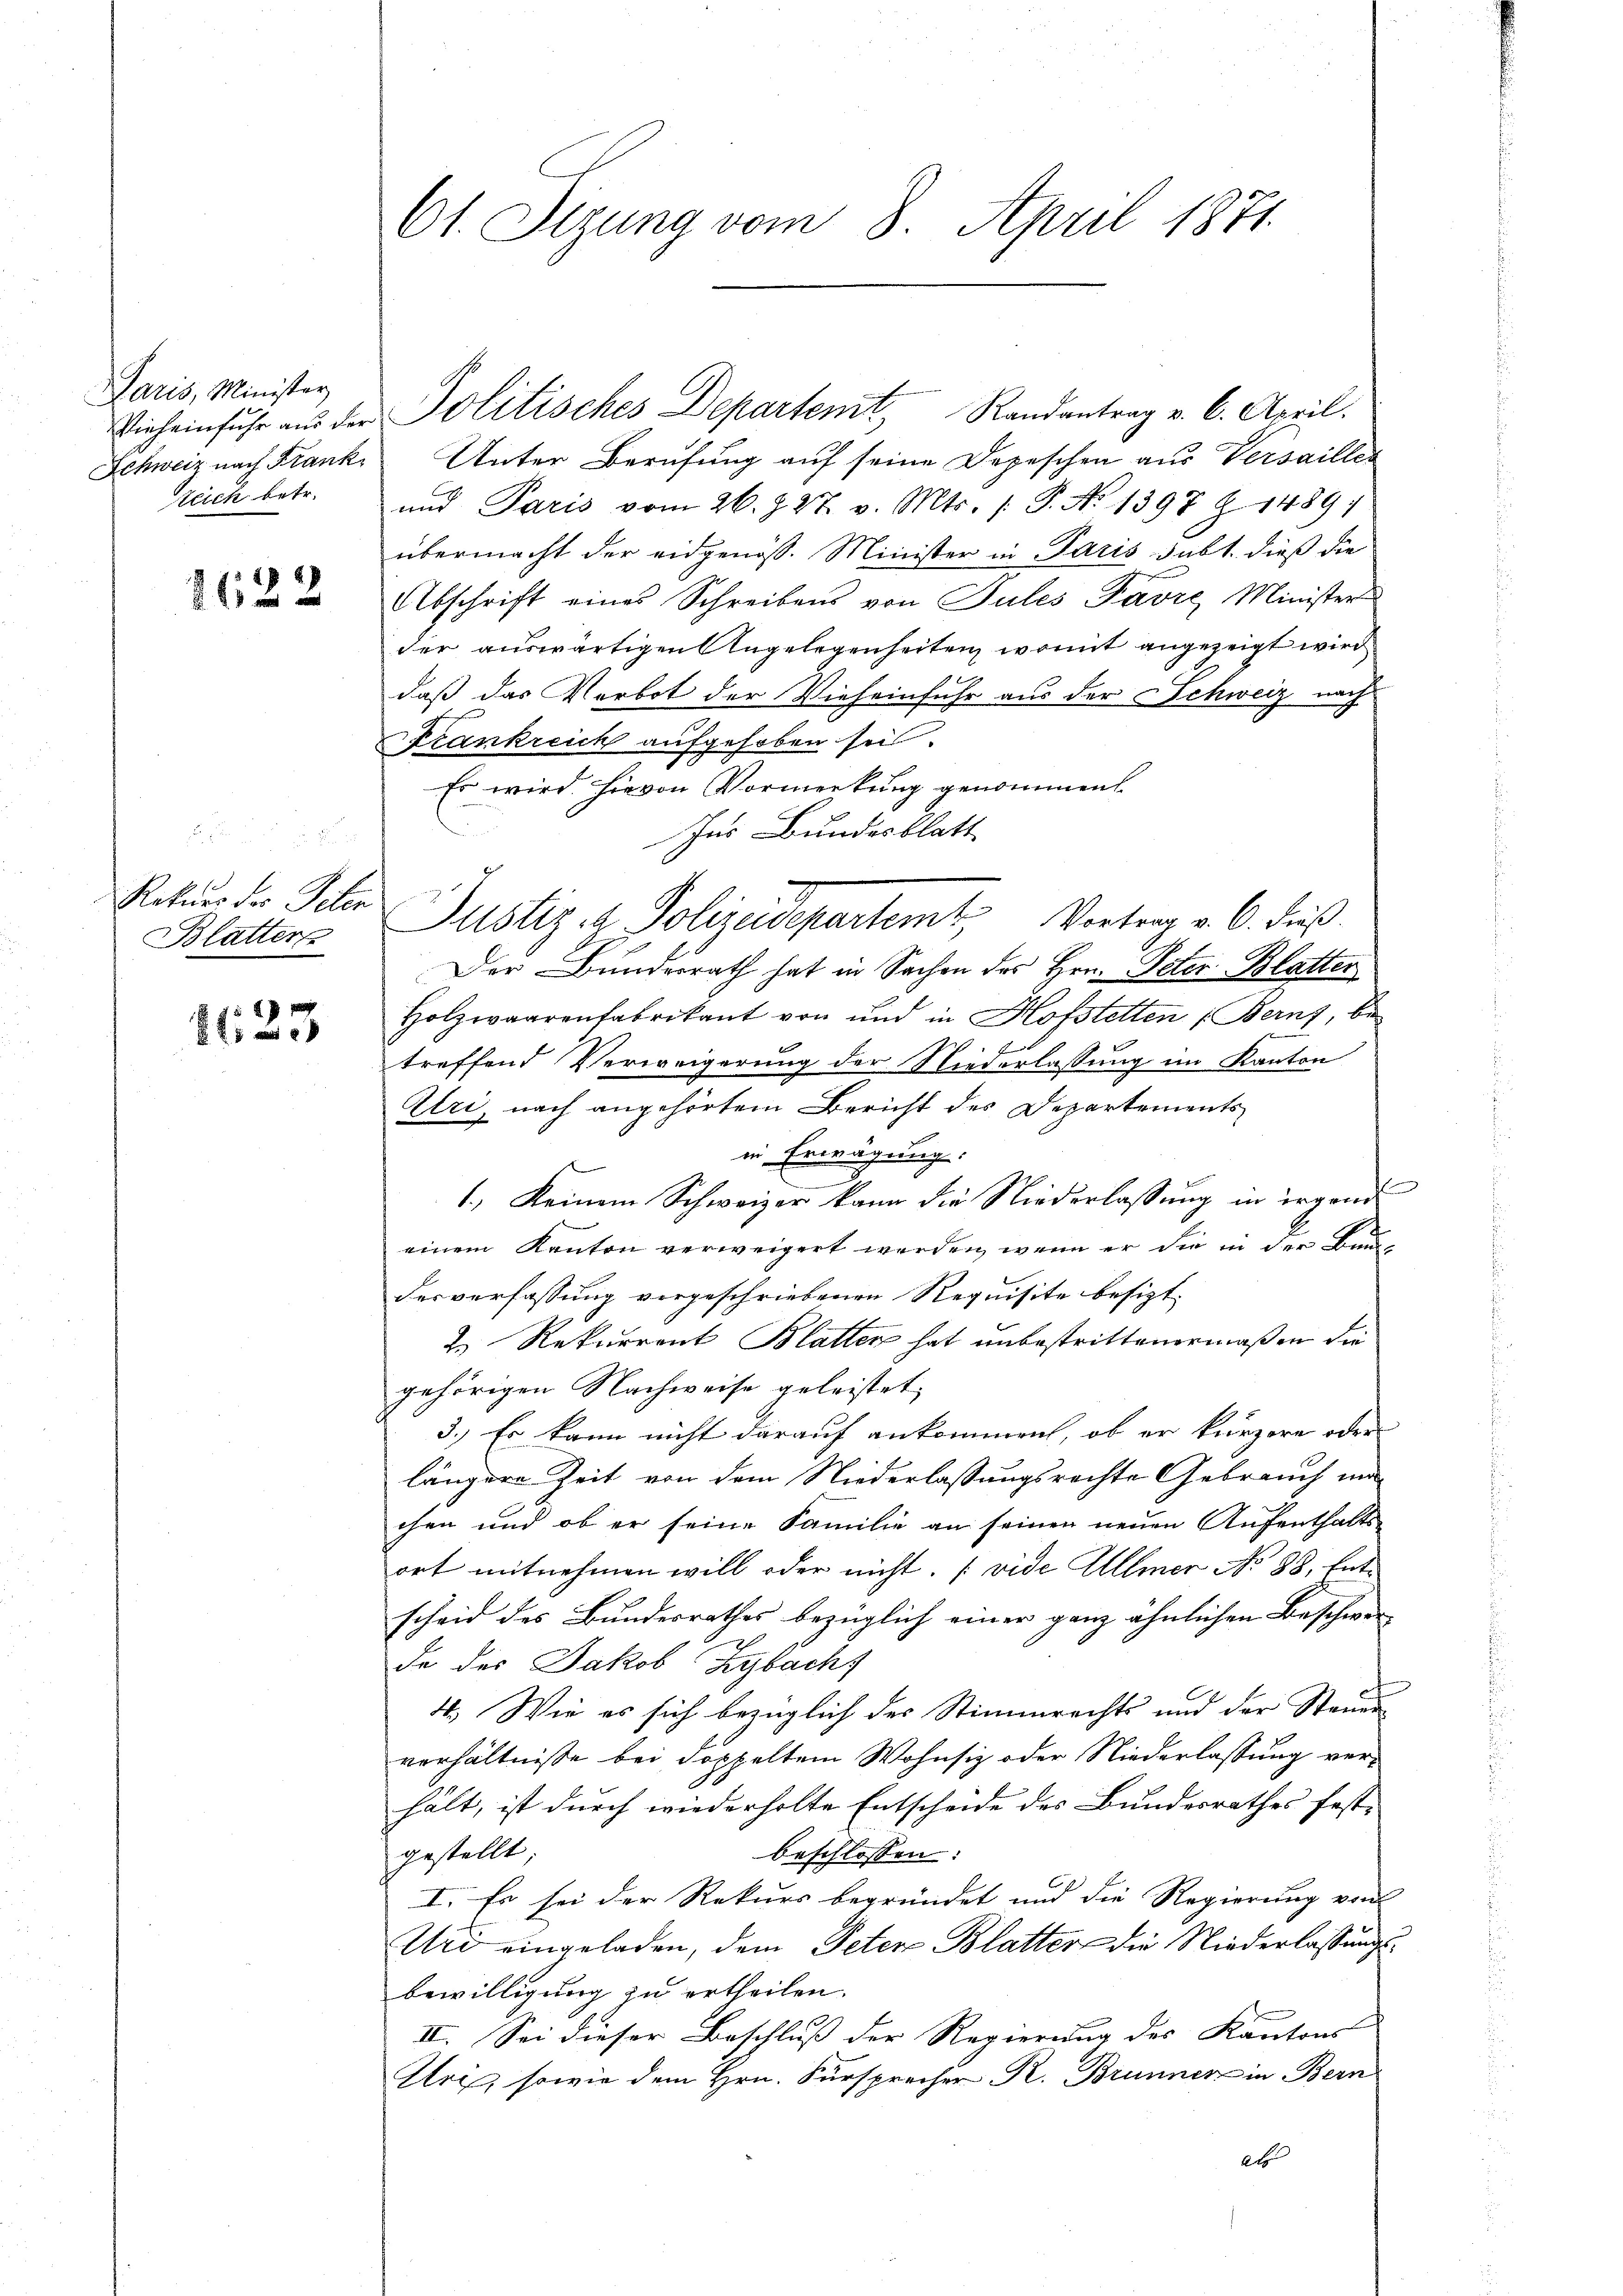
Paris, Minister
Schweiz nach Frank
teich betr.

1622

Rekurs des Peter
Blatter

8123

61. Sizung vom 8. April 1871.

Unter Berufung auf seine Depeschen aus Versailler
und Paris vom 26. d. 27. v. Mts. (T. No 1397 Z. 1489;
übermacht der eidgenöß. Minister in Paris subt. dieß die
Abschrift eines Schreibens von Tules Favre, Minister
der auswärtigen Angelegenheiten, womit angezeigt wird
daß das Verbot der Vieheinfuhr aus der Schweiz nach
Frankreich aufgehoben sei.
Es wird hievon Vormerkung genommen.
Ins Bundesblatt
Der Bundesrath hat in Sachen des Hrn. Peter-Blatter
Holzwaarenfabrikant von und in Hofstetten (Berns, be
treffend Verweigerung der Niederlassung im Kanton
Alri, nach angehörtem Bericht des Departements
in Erwägung:
.
1., keinem Schweizer kann die Niederlassung in irgend
einem Kanton verweigert werden, wenn er die in der Baudesverfassung vorgeschriebenen Requisite besizt
2. Rekurrent Blatten hat unbestrittenermaßen die
gehörigen Nachweise geleistet,
3.) Es kann nicht darauf ankommen, ob er kürzere oder
längere Zeit von dem Niederlassungsrechte Gebrauch mi
chen und ob er seine Familie an seinen neuen Aufenthalts-
ort mitnehmen will oder nicht. (vide Allmer No 88. Entscheid des Bundesrathes bezüglich einer ganz ähnlichen Beschwer
de des Jakob Zybacht
4. Wie es sich bezüglich der Stimmrechts und der Stande
verhältnisse bei doppeltem Wohnsiz oder Niederlassung verhält, ist durch wiederholte Entscheide des Bundesrathes festgestellt;
beschlossen:
I. Es sei der Rekurs begründet und die Regierung von
Urd eingeladen, dem Peter Blatter die Niederlassungsbewilligung zu ertheilen.
II. Sei dieser Beschluß der Regierung des Kantons
Aris, sowie dem Hrn. Fürsprecher R. Brunner in Bern
ets

Vieheinfuhr an der Politisches Departemt, Randantrag v. 6. April.

Justiz- & Polizeidepartemt, Vortrag v. 6. dieß